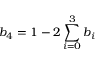
b _ { 4 } = 1 - 2 \sum _ { i = 0 } ^ { 3 } b _ { i }